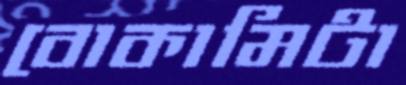
বোকামিটা